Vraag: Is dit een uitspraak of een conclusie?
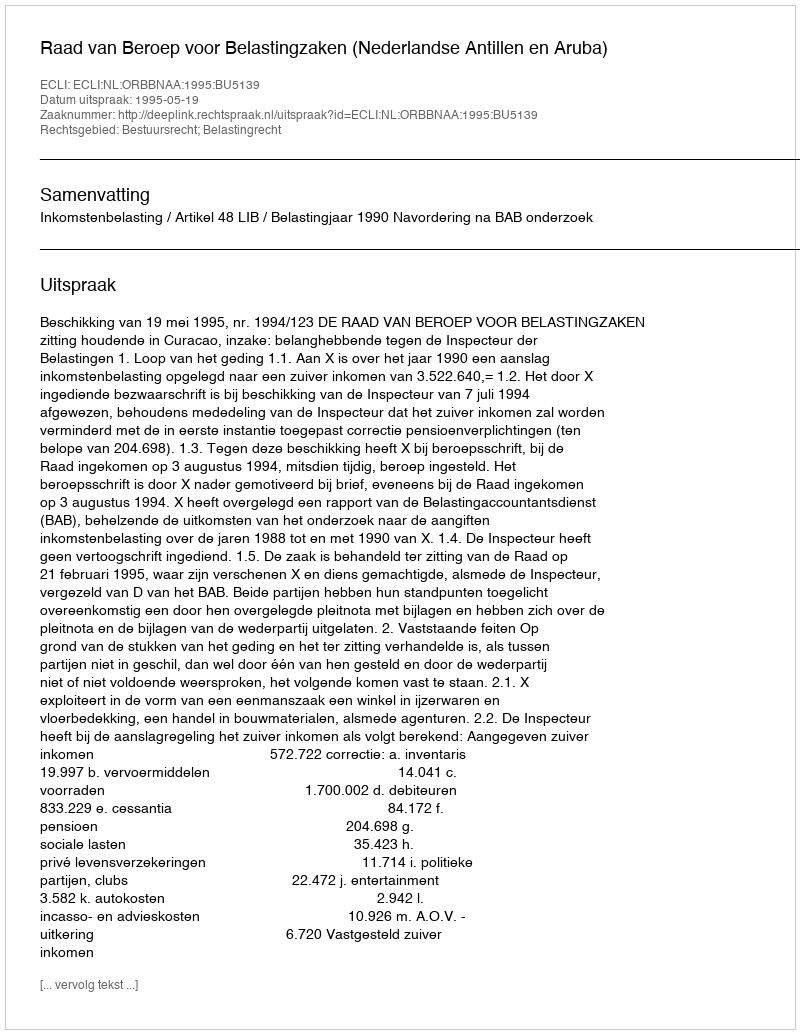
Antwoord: Uitspraak